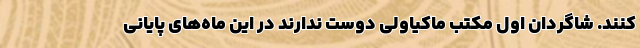
کنند. شاگردان اول مکتب ماکیاولی دوست ندارند در این ماه‌های پایانی